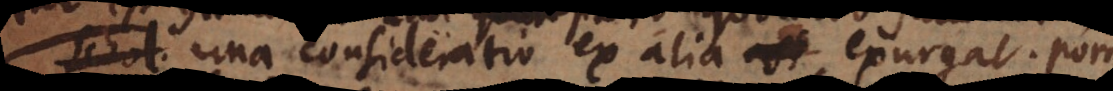
una consideratio ex alia exurgat. Porro